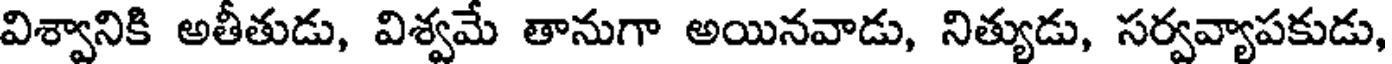
విశ్వానికి అతీతుడు, విశ్వమే తానుగా అయినవాడు, నిత్యుడు, సర్వవ్యాపకుడు,